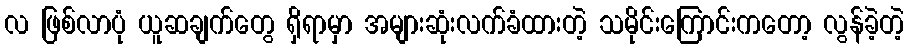
လ ဖြစ်လာပုံ ယူဆချက်တွေ ရှိရာမှာ အများဆုံးလက်ခံထားတဲ့ သမိုင်းကြောင်းကတော့ လွန်ခဲ့တဲ့